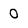
Character: 0